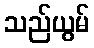
သည်ယွမ်